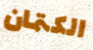
الكتمان